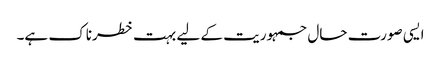
ایسی صورت حال جمہوریت کے لیے بہت خطرناک ہے۔